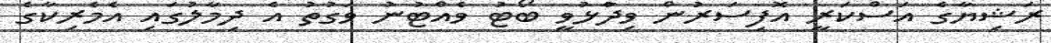
ރަޝިޔާގެ އަސްކަރީ އޮފިސަރުން ވިދާުޅުވީ ބޯޓު ވެއްޓުނު ވަގުތު އެ ދިމާލުގައި އެމެރިކާގެ